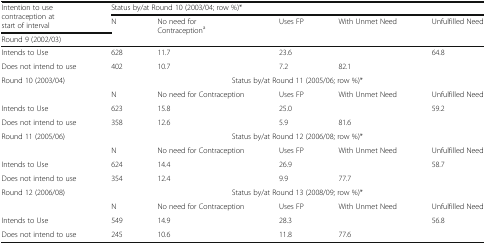
| <ROWSPAN=2> Intention to use contraception at start of interval | <COLSPAN=5> Status by/at Round 10 (2003/04; row %)* |
 | <ROWSPAN=2> N | <ROWSPAN=2> No need for Contraceptiona | <ROWSPAN=2> Uses FP | <ROWSPAN=2> With Unmet Need | <ROWSPAN=2> Unfulfilled Need |
 | Round 9 (2002/03) |
 | --- | --- | --- | --- | --- | --- |
 | Intends to Use | 628 | 11.7 | 23.6 |  | 64.8 |
 | Does not intend to use | 402 | 10.7 | 7.2 | 82.1 |  |
 | <ROWSPAN=2> Round 10 (2003/04) | <COLSPAN=5> Status by/at Round 11 (2005/06; row %)* |
 | N | No need for Contraception | Uses FP | With Unmet Need | Unfulfilled Need |
 | Intends to Use | 623 | 15.8 | 25.0 |  | 59.2 |
 | Does not intend to use | 358 | 12.6 | 5.9 | 81.6 |  |
 | <ROWSPAN=2> Round 11 (2005/06) | <COLSPAN=5> Status by/at Round 12 (2006/08; row %)* |
 | N | No need for Contraception | Uses FP | With Unmet Need | Unfulfilled Need |
 | Intends to Use | 624 | 14.4 | 26.9 |  | 58.7 |
 | Does not intend to use | 354 | 12.4 | 9.9 | 77.7 |  |
 | <ROWSPAN=2> Round 12 (2006/08) | <COLSPAN=5> Status by/at Round 13 (2008/09; row %)* |
 | N | No need for Contraception | Uses FP | With Unmet Need | Unfulfilled Need |
 | Intends to Use | 549 | 14.9 | 28.3 |  | 56.8 |
 | Does not intend to use | 245 | 10.6 | 11.8 | 77.6 |  |